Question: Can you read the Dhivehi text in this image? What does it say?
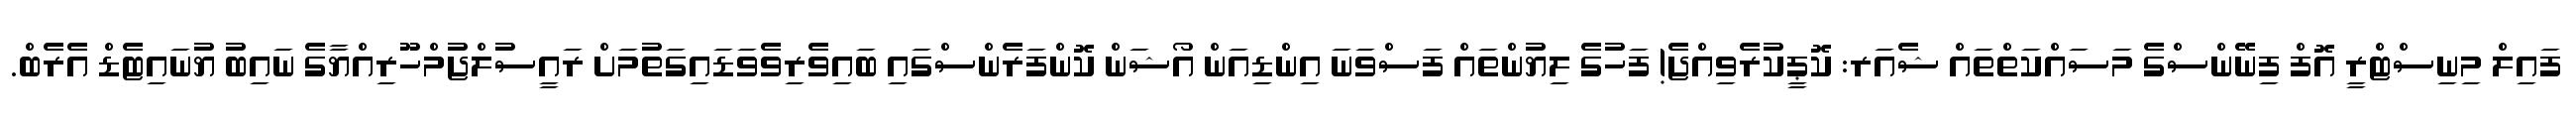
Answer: ފައިލް މިނިސްޓްރީ އޮފް ފިނޭންސްގެ މަސައްކަތްތައް ޝެއަރ: ކޮޕީކުރެވިއްޖެ! ފަހުގެ ލިޔުންތައް ފަސްވަނަ އިންޑިއަން އޯޝަން ކޮންފަރެންސްގައި ބައިވެރިވެވަޑައިގަތުމަށް ރައީސުލްޖުމްހޫރިއްޔާގެ ނައިބު ޔުނައިޓެޑް އެރެބް.